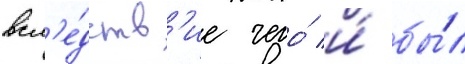
всл'е́дств'ие чего́ и́ бы́л